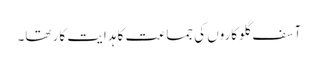
آسف گلوکاروں کی جماعت کا ہدایت کار تھا۔